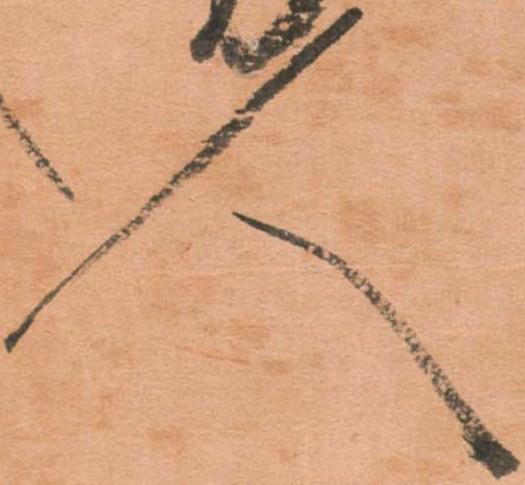
人